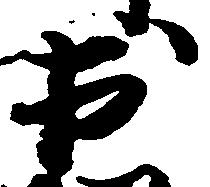
出